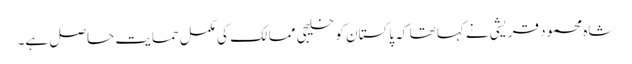
شاہ محمود قریشی نے کہا تھا کہ پاکستان کو خلیجی ممالک کی مکمل حمایت حاصل ہے۔